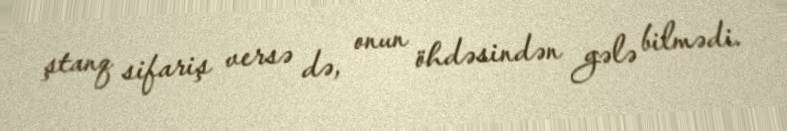
ştanq sifariş versə də, onun öhdəsindən gələ bilmədi.